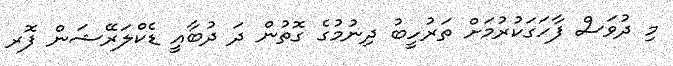
މި ދުވަސް ފާހަގަކުރުމަށް ތަރުހީބު ދިނުމުގެ ގޮތުން ދަ ދުބާއީ ޑެކްލަރޭޝަން ފޮރ